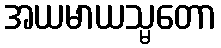
အယမာယသ္မတော